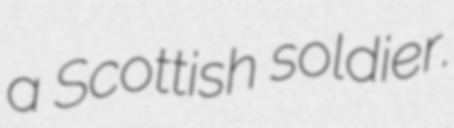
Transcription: a Scottish soldier.